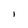
Character: l